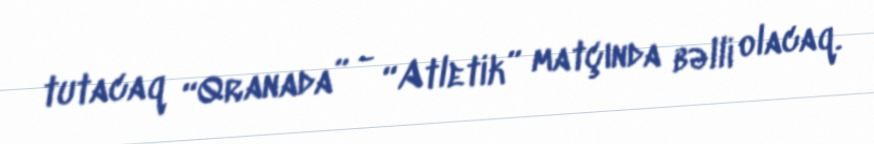
tutacaq “Qranada” - “Atletik” matçında bəlli olacaq.